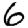
Digit: 6